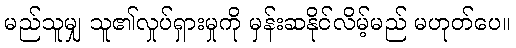
မည်သူမျှ သူ၏လှုပ်ရှားမှုကို မှန်းဆနိုင်လိမ့်မည် မဟုတ်ပေ။